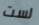
لست